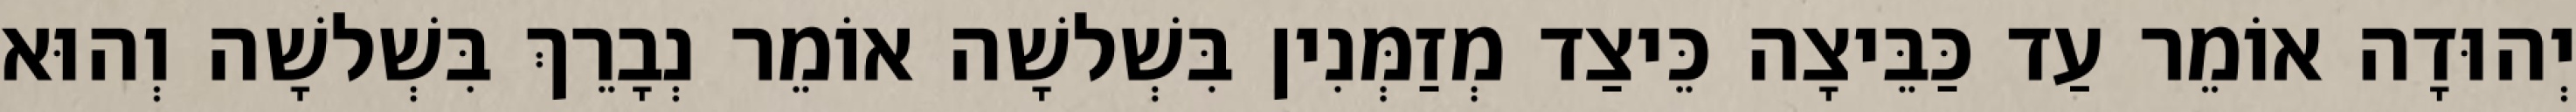
יְהוּדָה אוֹמֵר עַד כַּבֵּיצָה כֵּיצַד מְזַמְּנִין בִּשְׁלשָׁה אוֹמֵר נְבָרֵךְ בִּשְׁלשָׁה וְהוּא